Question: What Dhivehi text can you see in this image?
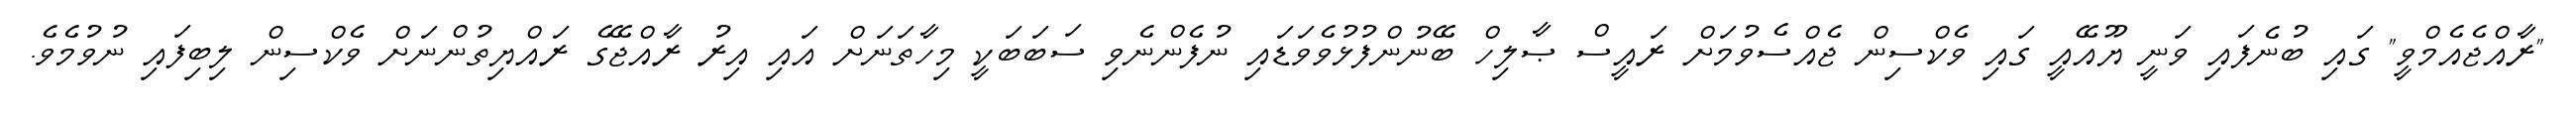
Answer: "ރާއްޖެއެމްވީ" ގައި ބުނެފައި ވަނީ ޔޫއޭއީ ގައި ވެކްސިން ޖެއްސެވުމަށް ރައީސް ޞާލިހް ބޭނުންފުޅުވެވަޑައި ނުފެންނެވި ސަބަބަކީ މިހާތަނަށް އައި އިރު ރާއްޖޭގެ ރައްޔިތުންނަށް ވެކްސިން ލިބިފައި ނުވުމެވެ.